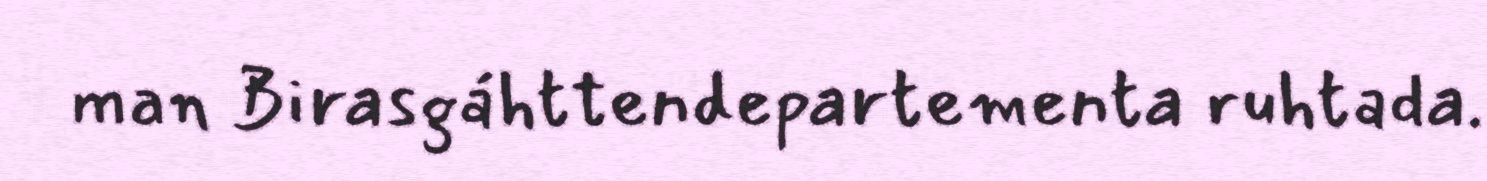
man Birasgáhttendepartementa ruhtada.